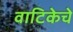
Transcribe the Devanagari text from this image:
वाटिकेचे